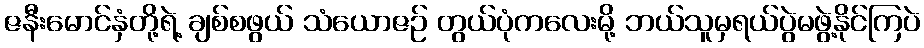
ဇနီးမောင်နှံတို့ရဲ့ ချစ်စဖွယ် သံယောဇဉ် တွယ်ပုံကလေးမို့ ဘယ်သူမှရယ်ပွဲမဖွဲ့နိုင်ကြပဲ